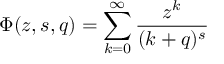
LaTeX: \Phi ( z , s , q ) = \sum _ { k = 0 } ^ { \infty } { \frac { z ^ { k } } { ( k + q ) ^ { s } } }